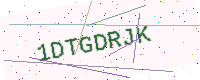
Text: 1DTGDRJK